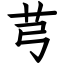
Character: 芎